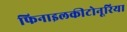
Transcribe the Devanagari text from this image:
फिनाइलकीटोनूरिया